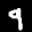
Label: 9